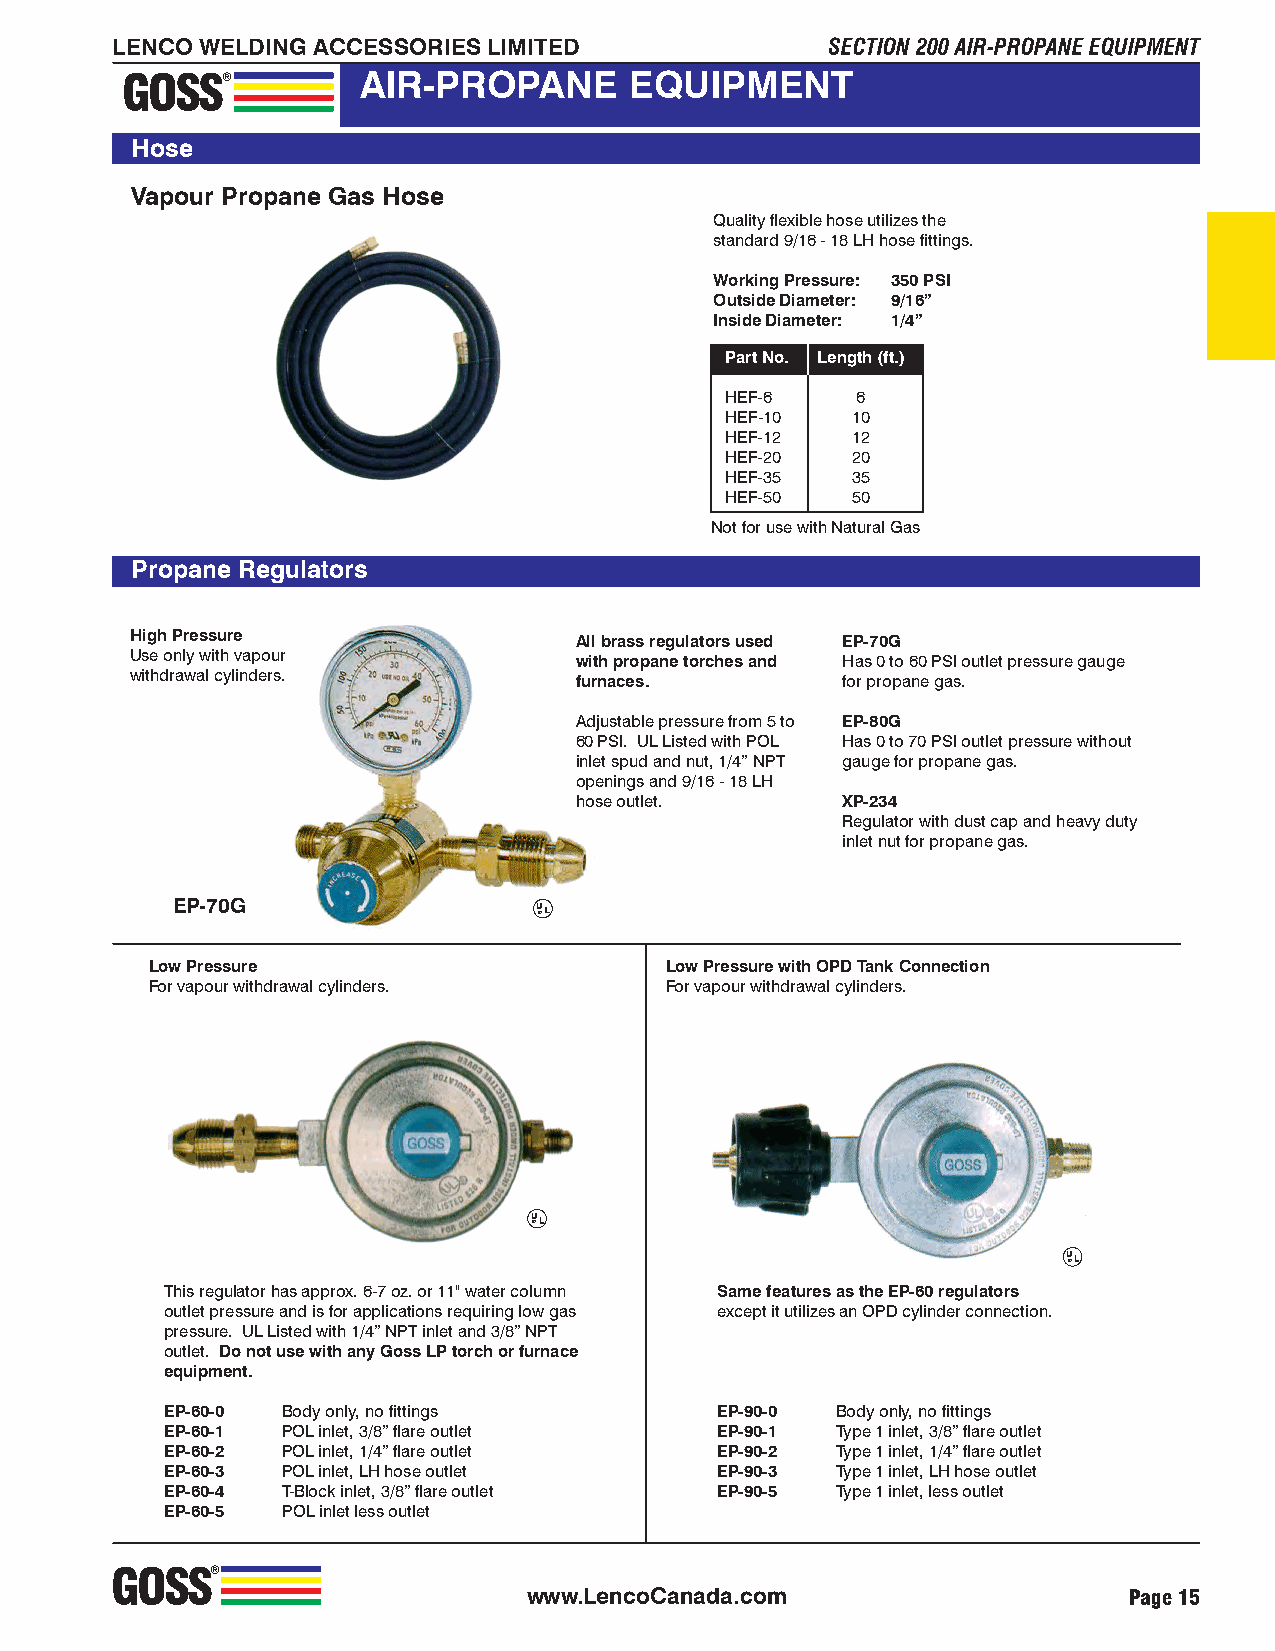
LENCO WELDING ACCESSORIES LIMITED               SECTION 200 AIR-PROPANE EQUIPMENT
 GOSS®           AIR-PROPANE       EQUIPMENT
 Hose
 Vapour Propane Gas Hose
 Quality flexible hose utilizes the
 standard 9/16 - 18 LH hose fittings.
 Working Pressure: 350 PSI
 Outside Diameter: 9/16”
 Inside Diameter: 1/4”
 Part No. Length (ft.)
 HEF-6    6
 HEF-10  10
 HEF-12  12
 HEF-20  20
 HEF-35  35
 HEF-50  50
 Not for use with Natural Gas
 Propane Regulators
 High Pressure                All brass regulators used EP-70G
 Use only with vapour         with propane torches and Has 0 to 60 PSI outlet pressure gauge
 withdrawal cylinders.        furnaces.         for propane gas.
 Adjustable pressure from 5 to EP-80G
 60 PSI. UL Listed with POL Has 0 to 70 PSI outlet pressure without
 inlet spud and nut, 1/4” NPT gauge for propane gas.
 openings and 9/16 - 18 LH
 hose outlet.      XP-234
 Regulator with dust cap and heavy duty
 inlet nut for propane gas.
 EP-70G                   U ®LLLLL
 Low Pressure                      Low Pressure with OPD Tank Connection
 For vapour withdrawal cylinders.  For vapour withdrawal cylinders.
 U ®LLLLL
 U ®LLLLL
 This regulator has approx. 6-7 oz. or 11" water column Same features as the EP-60 regulators
 outlet pressure and is for applications requiring low gas except it utilizes an OPD cylinder connection.
 pressure. UL Listed with 1/4” NPT inlet and 3/8” NPT
 outlet. Do not use with any Goss LP torch or furnace
 equipment.
 EP-60-0 Body only, no fittings      EP-90-0 Body only, no fittings
 EP-60-1 POL inlet, 3/8” flare outlet EP-90-1 Type 1 inlet, 3/8” flare outlet
 EP-60-2 POL inlet, 1/4” flare outlet EP-90-2 Type 1 inlet, 1/4” flare outlet
 EP-60-3 POL inlet, LH hose outlet   EP-90-3 Type 1 inlet, LH hose outlet
 EP-60-4 T-Block inlet, 3/8” flare outlet EP-90-5 Type 1 inlet, less outlet
 EP-60-5 POL inlet less outlet
 GOSS®
 www.LencoCanada.com                     Page 15